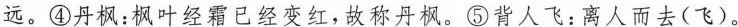
远。④丹枫：枫叶经霜已经变红，故称丹枫。⑤背人飞：离人而去(飞)。